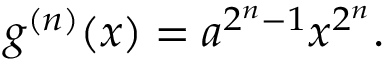
g ^ { ( n ) } ( x ) = a ^ { 2 ^ { n } - 1 } x ^ { 2 ^ { n } } . \,